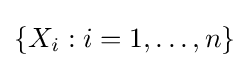
\{X_{i}:i=1,\ldots ,n\}